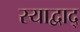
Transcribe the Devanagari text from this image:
स्याद्वाद्